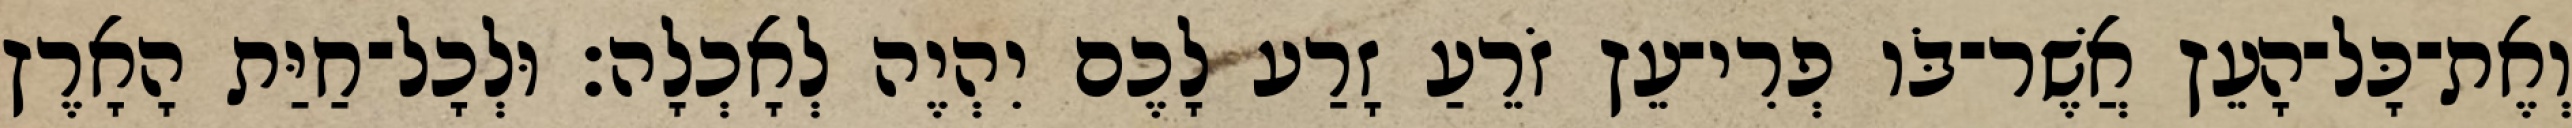
וְאֶת־כָּל־הָעֵץ אֲשֶׁר־בֹּו פְרִי־עֵץ זֹרֵעַ זָרַע לָכֶם יִהְיֶה לְאָכְלָה׃ וּלְכָל־חַיַּת הָאָרֶץ